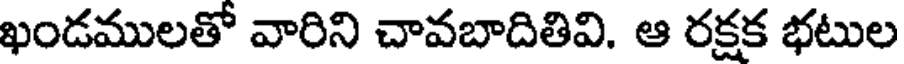
ఖండములతో వారిని చావబాదితివి. ఆ రక్షక భటుల